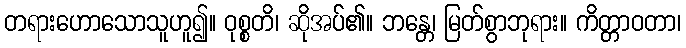
တရားဟောသောသူဟူ၍။ ဝုစ္စတိ၊ ဆိုအပ်၏။ ဘန္တေ၊ မြတ်စွာဘုရား။ ကိတ္တာဝတာ၊